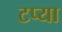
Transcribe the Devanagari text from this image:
टप्या